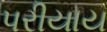
પરીયાય